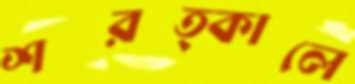
শরত্কালে